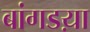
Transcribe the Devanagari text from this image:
बांगडय़ा